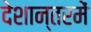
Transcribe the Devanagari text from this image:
देशान्तरमें